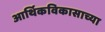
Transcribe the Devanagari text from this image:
आर्थिकविकासाच्या